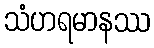
သံဟရမာနဿ